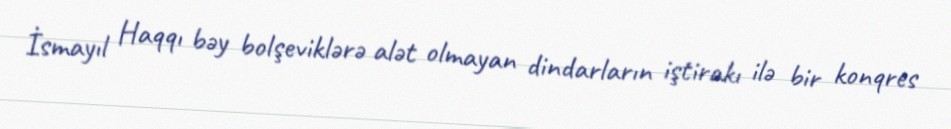
İsmayıl Haqqı bəy bolşeviklərə alət olmayan dindarların iştirakı ilə bir konqres